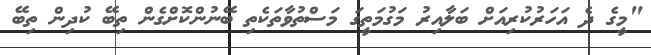
"މީގެ ދެ އަހަރުކުރިއަށް ބަލާއިރު މަގުމަތީގަ މަސްތުވާތަކެތި ބޭނުންކޮށްގެން ތިބޭ ކުދިން ތިބޭ